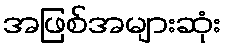
အဖြစ်အများဆုံး